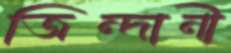
জিন্দানী